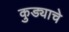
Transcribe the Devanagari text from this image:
कुड्याचे